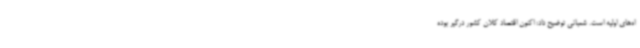
اه‌های اولیه است. شعبانی توضیح داد: اکنون اقتصاد کلان کشور درگیر بوده